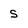
Character: S